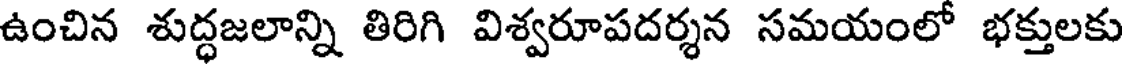
ఉంచిన శుద్ధజలాన్ని తిరిగి విశ్వరూపదర్శన సమయంలో భక్తులకు